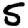
Digit: 5